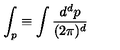
\int _ { p } \equiv \int \frac { d ^ { d } p } { ( 2 \pi ) ^ { d } }